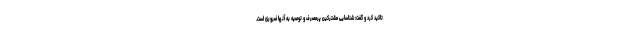
تاکید کرد و گفت: شناسایی مشترکین پرمصرف و توصیه به آنها ضروری است.